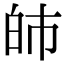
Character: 𤽌